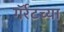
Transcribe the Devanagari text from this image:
गॅर्रटच्या